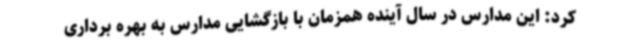
کرد: این مدارس در سال آینده همزمان با بازگشایی مدارس به بهره برداری